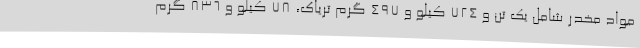
مواد مخدر شامل یک تن و 724 کیلو و 497 گرم تریاک، 78 کیلو و 836 گرم